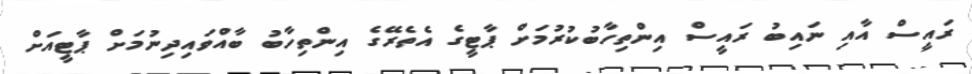
ރައީސް އާއި ނައިބު ރައީސް އިންތިހާބުކުރުމަށް ޕާޓީގެ އެތެރޭގެ އިންތިހާބު ބާއްވައިދިނުމަށް ޕާޓީއަށް